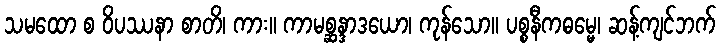
သမထော စ ဝိပဿနာ စာတိ၊ ကား။ ကာမစ္ဆန္ဒာဒယော၊ ကုန်သော။ ပစ္စနီကဓမ္မေ၊ ဆန့်ကျင်ဘက်